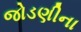
જોડણીના